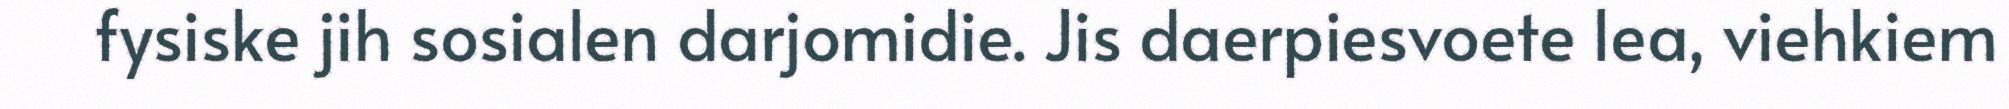
fysiske jih sosialen darjomidie. Jis daerpiesvoete lea, viehkiem